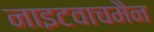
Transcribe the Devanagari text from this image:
नाइटवाचमैन